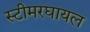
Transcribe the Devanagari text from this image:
स्टीमरघायल